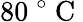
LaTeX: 80~^{\circ}\mathrm{~C~}